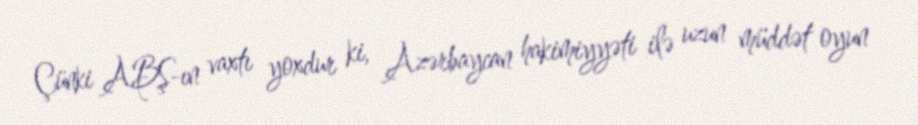
Çünki ABŞ-ın vaxtı yoxdur ki, Azərbaycan hakimiyyəti ilə uzun müddət oyun